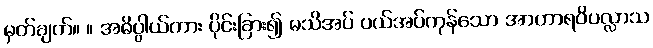
မှတ်ချက်။ ။ အဓိပ္ပါယ်ကား ပိုင်းခြား၍ မသိအပ် ပယ်အပ်ကုန်သော အာဟာရဝိပလ္လာသ